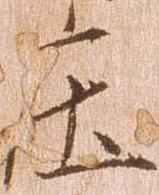
庄